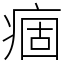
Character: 痼